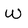
Character: W